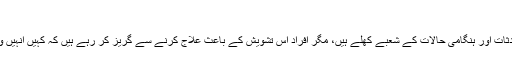
"
انہوں نے کہا کہ حادثات اور ہنگامی حالات کے شعبے کھلے ہیں، مگر افراد اس تشویش کے باعث علاج کرنے سے گریز کر رہے ہیں کہ کہیں انہیں وائرس نہ لگ جائے۔